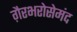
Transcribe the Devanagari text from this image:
ग़ैरभरोसेमंद